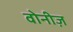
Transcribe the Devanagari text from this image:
वोनीज़